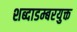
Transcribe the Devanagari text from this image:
शब्दाडम्बरयुक्त